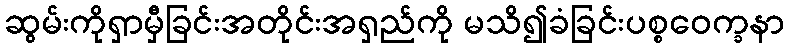
ဆွမ်းကိုရှာမှီခြင်းအတိုင်းအရှည်ကို မသိ၍ခံခြင်းပစ္စဝေက္ခနာ